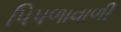
પિપળાવાળી